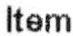
ITEM